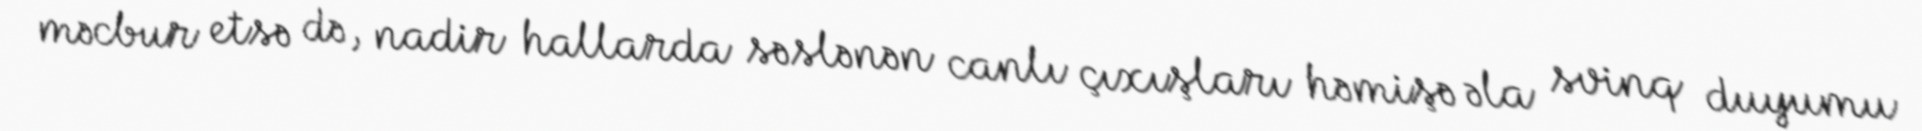
məcbur etsə də, nadir hallarda səslənən canlı çıxışları həmişə əla svinq duyumu